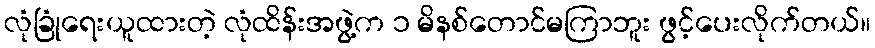
လုံခြုံရေးယူထားတဲ့ လုံထိန်းအဖွဲ့က ၁ မိနစ်တောင်မကြာဘူး ဖွင့်ပေးလိုက်တယ်။